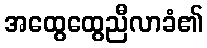
အထွေထွေညီလာခံ၏